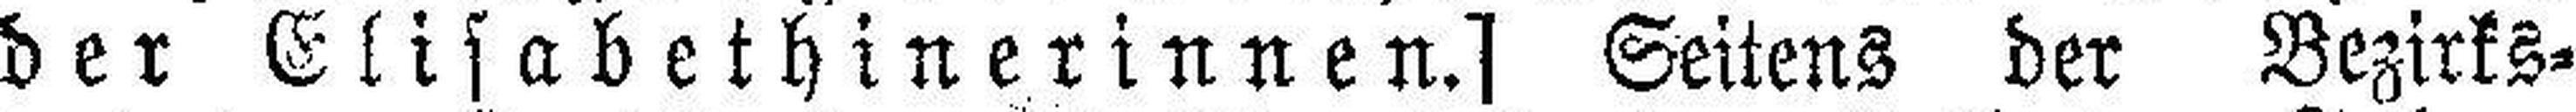
der Elisabethinerinnen.] Seitens der Bezirks¬